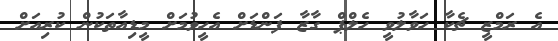
އެ ރަމްޒީ ޗެކާ ހަވާލުވީ ހެލްޕް ގާޒާ ފަންޑަށް އެހީވުމަށް މީޑިއާތަކުން ކުރިއަށް